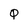
Character: q